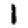
Digit: 1